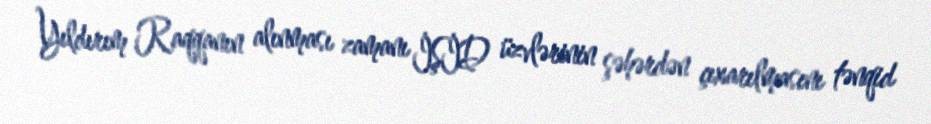
Yıldırım Raqqanın alınması zamanı İŞİD üzvlərinin şəhərdən çıxarılmasını tənqid